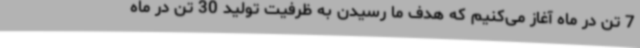
7 تن در ماه آغاز می‌کنیم که هدف ما رسیدن به ظرفیت تولید 30 تن در ماه